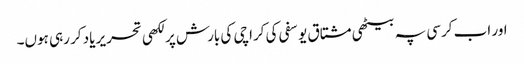
اور اب کرسی پہ بیٹھی مشتاق یوسفی کی کراچی کی بارش پر لکھی تحریر یاد کر رہی ہوں۔